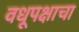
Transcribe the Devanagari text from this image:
वधूपक्षाचा